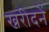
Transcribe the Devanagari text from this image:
ख्ररीदनें